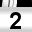
Digit: 2